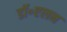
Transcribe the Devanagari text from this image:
डॉ॰एलन